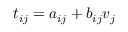
t _ { i j } = a _ { i j } + b _ { i j } v _ { j }